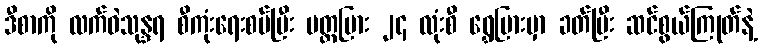
ဒီစာကို လက်ဝဲသုန္ဒရ စီကုံးရေးစပ်ပြီး ပတ္တမြား ၂၄ လုံးစီ ရွှေပြားမှာ ခတ်ပြီး ဆင်စွယ်ကြုတ်နဲ့